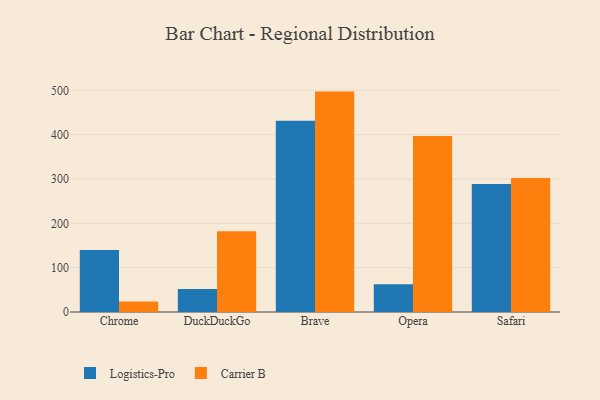
{"axis": {"x": "Browser", "y": "Shipments"}, "legend": ["Carrier B", "Logistics-Pro"], "data": [{"x": "Chrome", "y": 139.7, "type": "Logistics-Pro"}, {"x": "Chrome", "y": 23.9, "type": "Carrier B"}, {"x": "DuckDuckGo", "y": 52.0, "type": "Logistics-Pro"}, {"x": "DuckDuckGo", "y": 182.2, "type": "Carrier B"}, {"x": "Brave", "y": 431.6, "type": "Logistics-Pro"}, {"x": "Brave", "y": 497.1, "type": "Carrier B"}, {"x": "Opera", "y": 62.5, "type": "Logistics-Pro"}, {"x": "Opera", "y": 397.2, "type": "Carrier B"}, {"x": "Safari", "y": 288.9, "type": "Logistics-Pro"}, {"x": "Safari", "y": 302.4, "type": "Carrier B"}]}